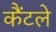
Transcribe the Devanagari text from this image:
कैंटले